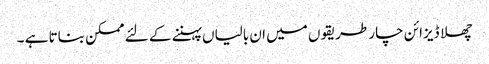
چھلا ڈیزائن چار طریقوں میں ان بالیاں پہننے کے لئے ممکن بناتا ہے ۔